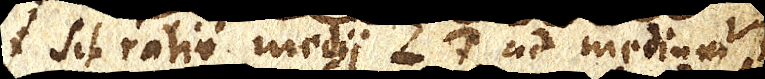
Sit ratio medii LT ad medium VD